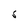
Character: S